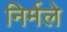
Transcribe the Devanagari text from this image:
निर्मले